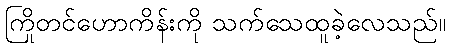
ကြိုတင်ဟောကိန်းကို သက်သေထူခဲ့လေသည်။